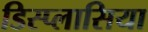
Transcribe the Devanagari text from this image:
डिस्प्लासिया